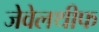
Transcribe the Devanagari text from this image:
जेवेलथीफ